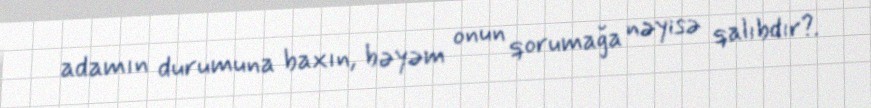
adamın durumuna baxın, bəyəm onun qorumağa nəyisə qalıbdır?.